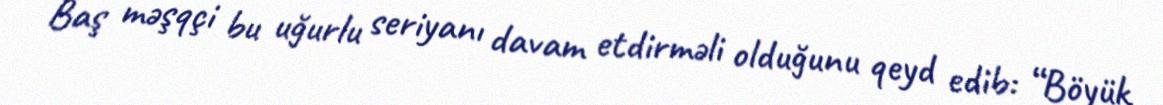
Baş məşqçi bu uğurlu seriyanı davam etdirməli olduğunu qeyd edib: “Böyük